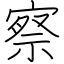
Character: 察